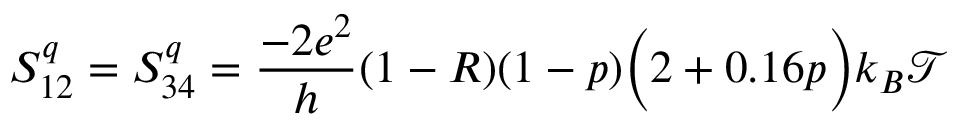
{ S _ { 1 2 } ^ { q } = S _ { 3 4 } ^ { q } = \frac { - 2 e ^ { 2 } } { h } ( 1 - R ) ( 1 - p ) \bigg ( 2 + 0 . 1 6 p \bigg ) k _ { B } \mathcal { T } }